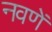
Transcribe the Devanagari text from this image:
नवणें